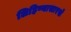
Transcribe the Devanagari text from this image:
लिहिण्यासारखे